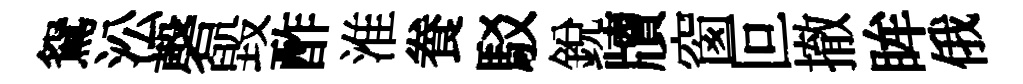
鴛㳂磬毀酢淮飬駁銳牘窗叵撤眸俄